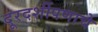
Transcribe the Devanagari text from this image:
दूरदर्शीपणाचे